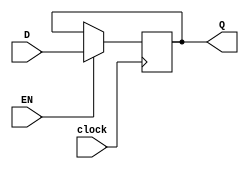
module DFF(clock,D,Q,EN);
	input clock;   
	input EN;
	input [15:0]D;	  
	
		output reg [15:0]Q; 	
		initial
			Q=0;
		
			always @(posedge clock) // perform actions whenever the clock rises	  
				if(EN)
					Q = D;//Blocking assignment will do nothing here!!
endmodule